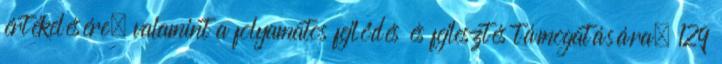
értékelésére, valamint a folyamatos fejlődés és fejlesztés támogatására. 129